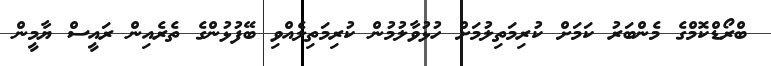
ބްރޯޑްކޮމްގެ މެންބަރު ކަމަށް ކުރިމަތިލުމަށް ހުޅުވާލުމުން ކުރިމަތިލެއްވި ބޭފުޅުންގެ ތެރެއިން ރައީސް ޔާމީން